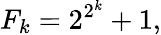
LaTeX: F_{k}=2^{2^{k}}+1,